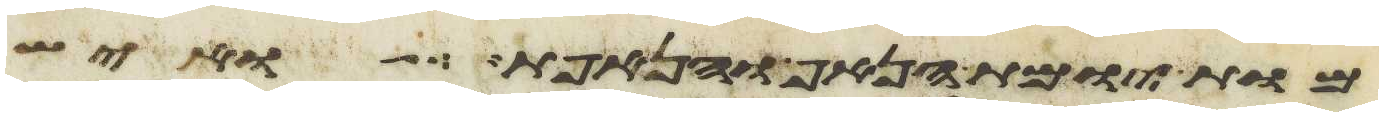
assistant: מות יומת הנאף והנאפת ואיש